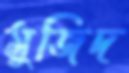
মুজিদ